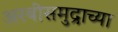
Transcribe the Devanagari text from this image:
अरबीसमुद्राच्या